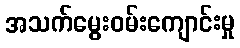
အသက်မွေးဝမ်းကျောင်းမှု